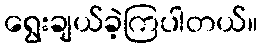
ရွေးချယ်ခဲ့ကြပါတယ်။